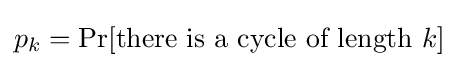
p_{k}=\Pr[{\mbox{there is a cycle of length }}k]